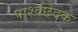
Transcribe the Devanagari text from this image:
पार्श्वछेदक